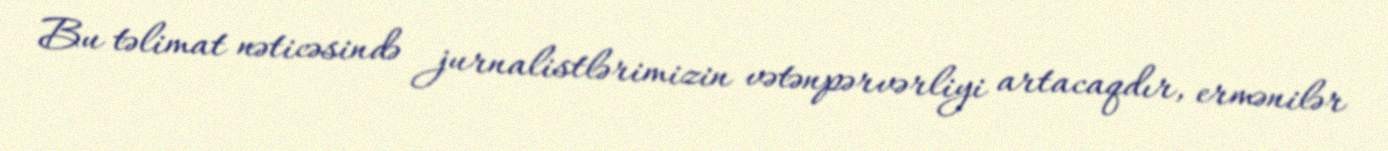
Bu təlimat nəticəsində jurnalistlərimizin vətənpərvərliyi artacaqdır, ermənilər